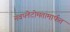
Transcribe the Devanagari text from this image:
नवप्लेटोमतामार्फत